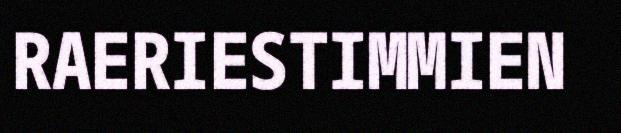
RAERIESTIMMIEN